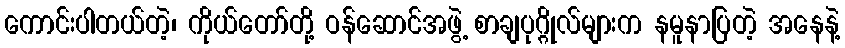
ကောင်းပါတယ်တဲ့၊ ကိုယ်တော်တို့ ဝန်ဆောင်အဖွဲ့ စာချပုဂ္ဂိုလ်များက နမူနာပြတဲ့ အနေနဲ့